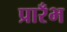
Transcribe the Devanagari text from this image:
प्रारँभ